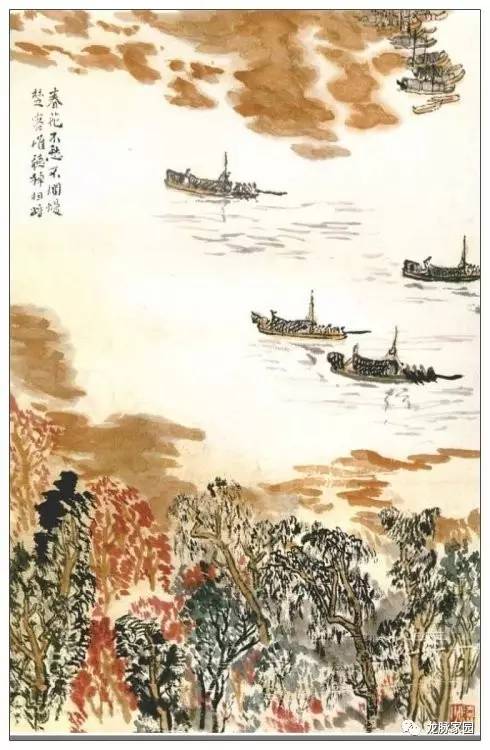
贤者举而上之，不肖者抑而废之。